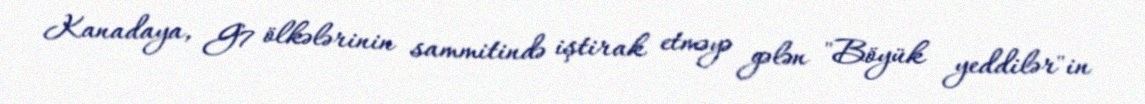
Kanadaya, G7 ölkələrinin sammitində iştirak etməyə gələn "Böyük yeddilər"in